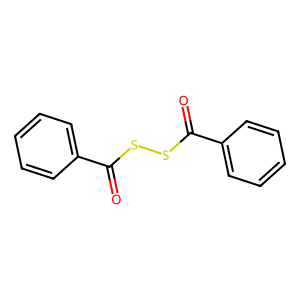
SMILES: O=C(SSC(=O)c1ccccc1)c1ccccc1
Inhibits HIV replication: No